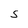
Character: S